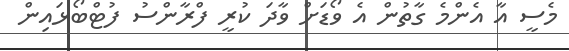
މެސީ އާ އެންމެ ގާތުން އެ ވޯޑަށް ވާދަ ކުރީ ފްރާންސު ފުޓްބޯޅައިން